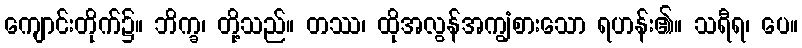
ကျောင်းတိုက်၌။ ဘိက္ခ၊ တို့သည်။ တဿ၊ ထိုအလွန်အကျွံစားသော ရဟန်း၏။ သရီရ၊ ပေ။